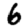
Digit: 6